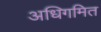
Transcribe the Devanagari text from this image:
अधिगमित